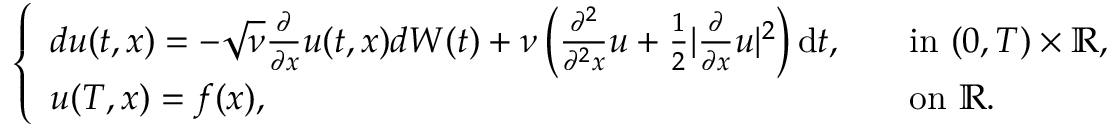
\begin{array} { r } { \left\{ \begin{array} { l l } { d u ( t , x ) = - \sqrt { \nu } \frac { \partial } { \partial x } u ( t , x ) d W ( t ) + \nu \left( \frac { \partial ^ { 2 } } { \partial ^ { 2 } x } u + \frac { 1 } { 2 } | \frac { \partial } { \partial x } u | ^ { 2 } \right) \mathrm { d } t , \quad } & { \mathrm { i n ~ } ( 0 , T ) \times \mathbb { R } , } \\ { u ( T , x ) = f ( x ) , } & { \mathrm { o n ~ } \mathbb { R } . } \end{array} \right. } \end{array}